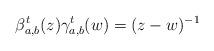
LaTeX: \begin{align*} \beta^t_{a,b} (z) \gamma^t_{a,b}(w) = (z-w)^{-1}\end{align*}